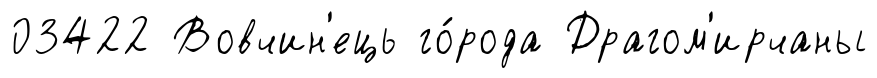
03422 Вовчин'ець го́рода Драгом'ирчаны